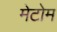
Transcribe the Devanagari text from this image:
मेटोम